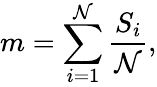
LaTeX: m=\sum_{i=1}^{\mathcal{N}}\frac{{S_{i}}}{{\mathcal{N}}},